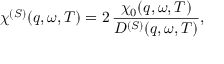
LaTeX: \chi ^ { ( S ) } ( q , \omega , T ) = 2 \, { \frac { \chi _ { 0 } ( q , \omega , T ) } { D ^ { ( S ) } ( q , \omega , T ) } } ,